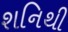
શનિથી